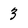
Character: 3